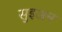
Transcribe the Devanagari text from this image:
सुइअन